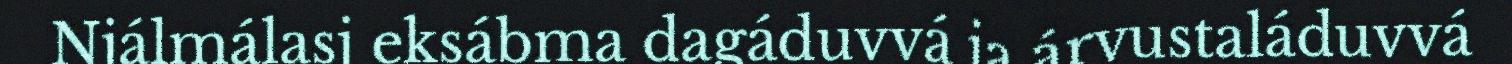
Njálmálasj eksábma dagáduvvá ja árvustaláduvvá